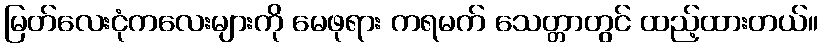
မြတ်လေးငုံကလေးများကို မေဖုရား ကရမက် သေတ္တာတွင် ထည့်ထားတယ်။